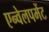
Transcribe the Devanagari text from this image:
एन्वेलपमेंट